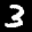
Label: 3